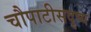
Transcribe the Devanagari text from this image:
चौपाटीसदृष्य